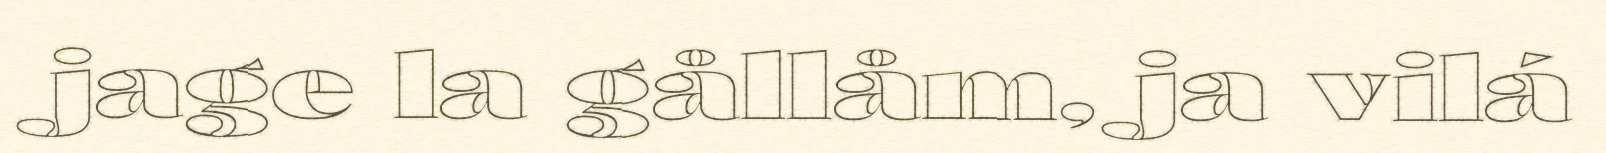
jage la gållåm, ja vilá